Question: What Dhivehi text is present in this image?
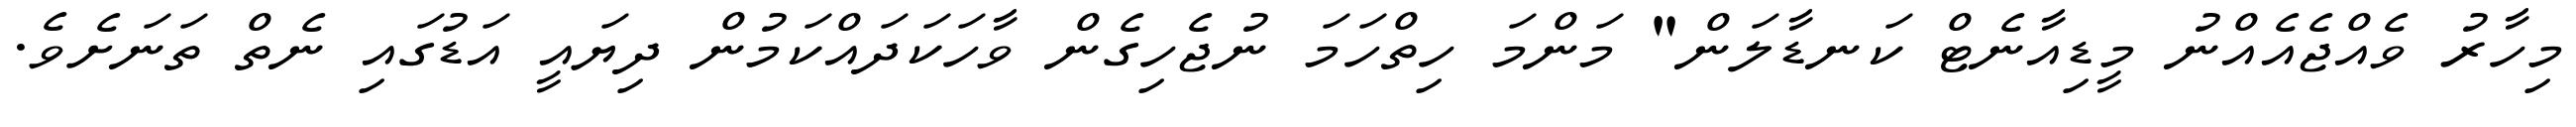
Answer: މިހާރު ވެއްޖެއެއްނު މީޑިއާނެޓް ކަނޑާލަން" މަންމަ ހިތްހަމަ ނުޖެހިގެން ވާހަކަދައްކަމުން ދިޔައީ އަޑުގައި ނެތް ތަނަށެވެ.